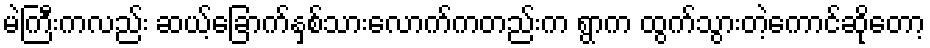
မဲကြီးကလည်း ဆယ့်ခြောက်နှစ်သားလောက်ကတည်းက ရွာက ထွက်သွားတဲ့ကောင်ဆိုတော့